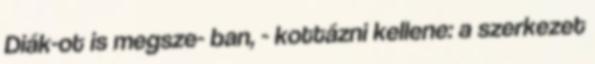
Diák-ot is megsze- ban, - kottázni kellene: a szerkezet